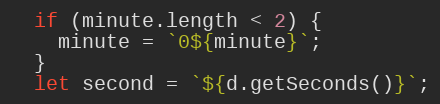
Language: JavaScript
  if (minute.length < 2) {
    minute = `0${minute}`;
  }
  let second = `${d.getSeconds()}`;